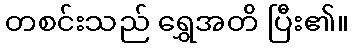
တစင်းသည် ရွှေအတိ ပြီး၏။